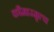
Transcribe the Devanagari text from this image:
कौमारमृत्य